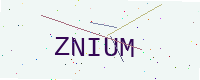
Text: ZNIUM